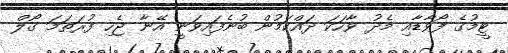
ޓީމުގެ ފޯވާޑާއި މެދު ވާހަކަ ދައްކަމުން ބުނެފައިވަނީ އޭނާ ޖެހި ފުރަތަމަ ގޯލް